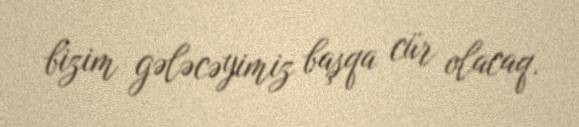
bizim gələcəyimiz başqa cür olacaq.